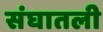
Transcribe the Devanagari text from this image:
संघातली